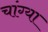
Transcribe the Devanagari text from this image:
चांग्या